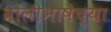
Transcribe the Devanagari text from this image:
बोलीभाषेच्या